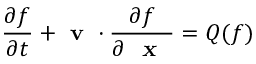
\frac { \partial f } { \partial t } + \textbf { v } \cdot \frac { \partial f } { \partial \textsl { \textbf { x } } } = Q ( f )